Lunatic asylums in Bengal annual reports 1912-1924 - 1912-1924
Year: 1912
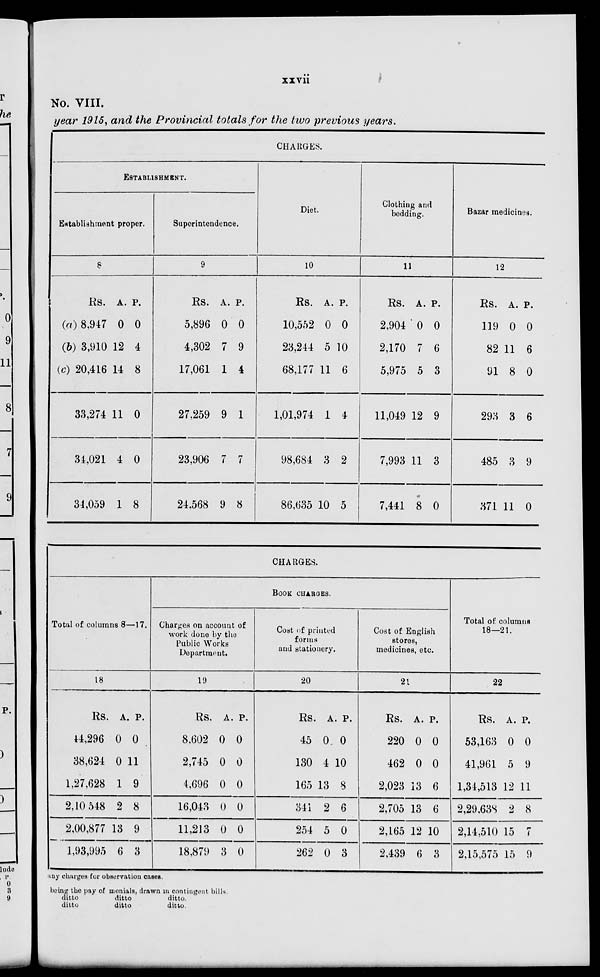
xxvii
No. VIII.
year 1915, and the Provincial totals for the two previous years.
CHARGES.
ESTABLISHMENT.
Establishment proper.
8
Rs.
(a) 8,947
(b) 3,910
(c) 20,416
33,274
34,021
34,059
A.
0
12
14
11
4
1
P.
0
4
8
0
0
8
Superintendence.
9
Rs.
5,896
4,302
17,061
27,259
23,906
24,568
A.
0
7
1
9
7
9
P.
0
9
4
1
7
8
Diet.
10
Rs.
10,552
23,244
68,177
1,01,974
98,684
86,635
A.
0
5
11
1
3
10
P.
0
10
6
4
2
5
Clothing and
bedding.
11
Rs.
2,904
2,170
5,975
11,049
7,993
7,441
A.
0
7
5
12
11
8
P.
0
6
3
9
3
0
Bazar medicines.
12
Rs.
119
82
91
293
485
371
A.
0
11
8
3
3
11
P.
0
6
0
6
9
0
CHARGES.
Total of columns 8—17.
18
Rs.
44,296
38,624
1,27,628
2,10 548
2,00,877
1,93,995
A.
0
0
1
2
13
6
P.
0
11
9
8
9
3
BOOK CHARGES.
Charges on account of
work done by the
Public Works
Department.
19
Rs.
8,602
2,745
4,696
16,043
11,213
18,879
A.
0
0
0
0
0
3
P.
0
0
0
0
0
0
Coat of printed
forms
and stationery.
20
Rs.
45
130
165
341
254
262
A.
0
4
13
2
5
0
P.
0
10
8
6
0
3
Cost of English
stores,
medicines, etc.
21
Rs.
220
462
2,023
2,705
2,165
2,439
A.
0
0
13
13
12
6
P.
0
0
6
6
10
3
Total of columns
18—21.
22
Rs.
53,163
41,961
1,34,513
2,29.638
2,14,510
2,15,575
A.
0
5
12
2
15
15
P.
0
9
11
8
7
9
any charges for observation cases.
being the pay of menials, drawn in contingent bills.
ditto
ditto
ditto.
ditto
ditto
ditto.